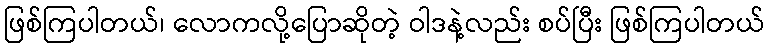
ဖြစ်ကြပါတယ်၊ လောကလို့ပြောဆိုတဲ့ ဝါဒနဲ့လည်း စပ်ပြီး ဖြစ်ကြပါတယ်